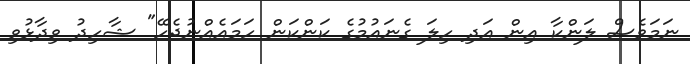
ނަމަވެސް ލަންކާ އިން އަދި ހިލަ ގެނައުމުގެ ކަންކަން ހަމައެއްނުޖެހޭ" ޝާހިދު ވިދާޅުވި